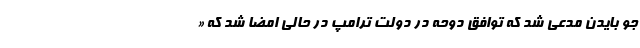
جو بایدن مدعی شد که توافق دوحه در دولت ترامپ در حالی امضا شد که «